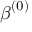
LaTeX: { \boldsymbol { \beta } } ^ { ( 0 ) }